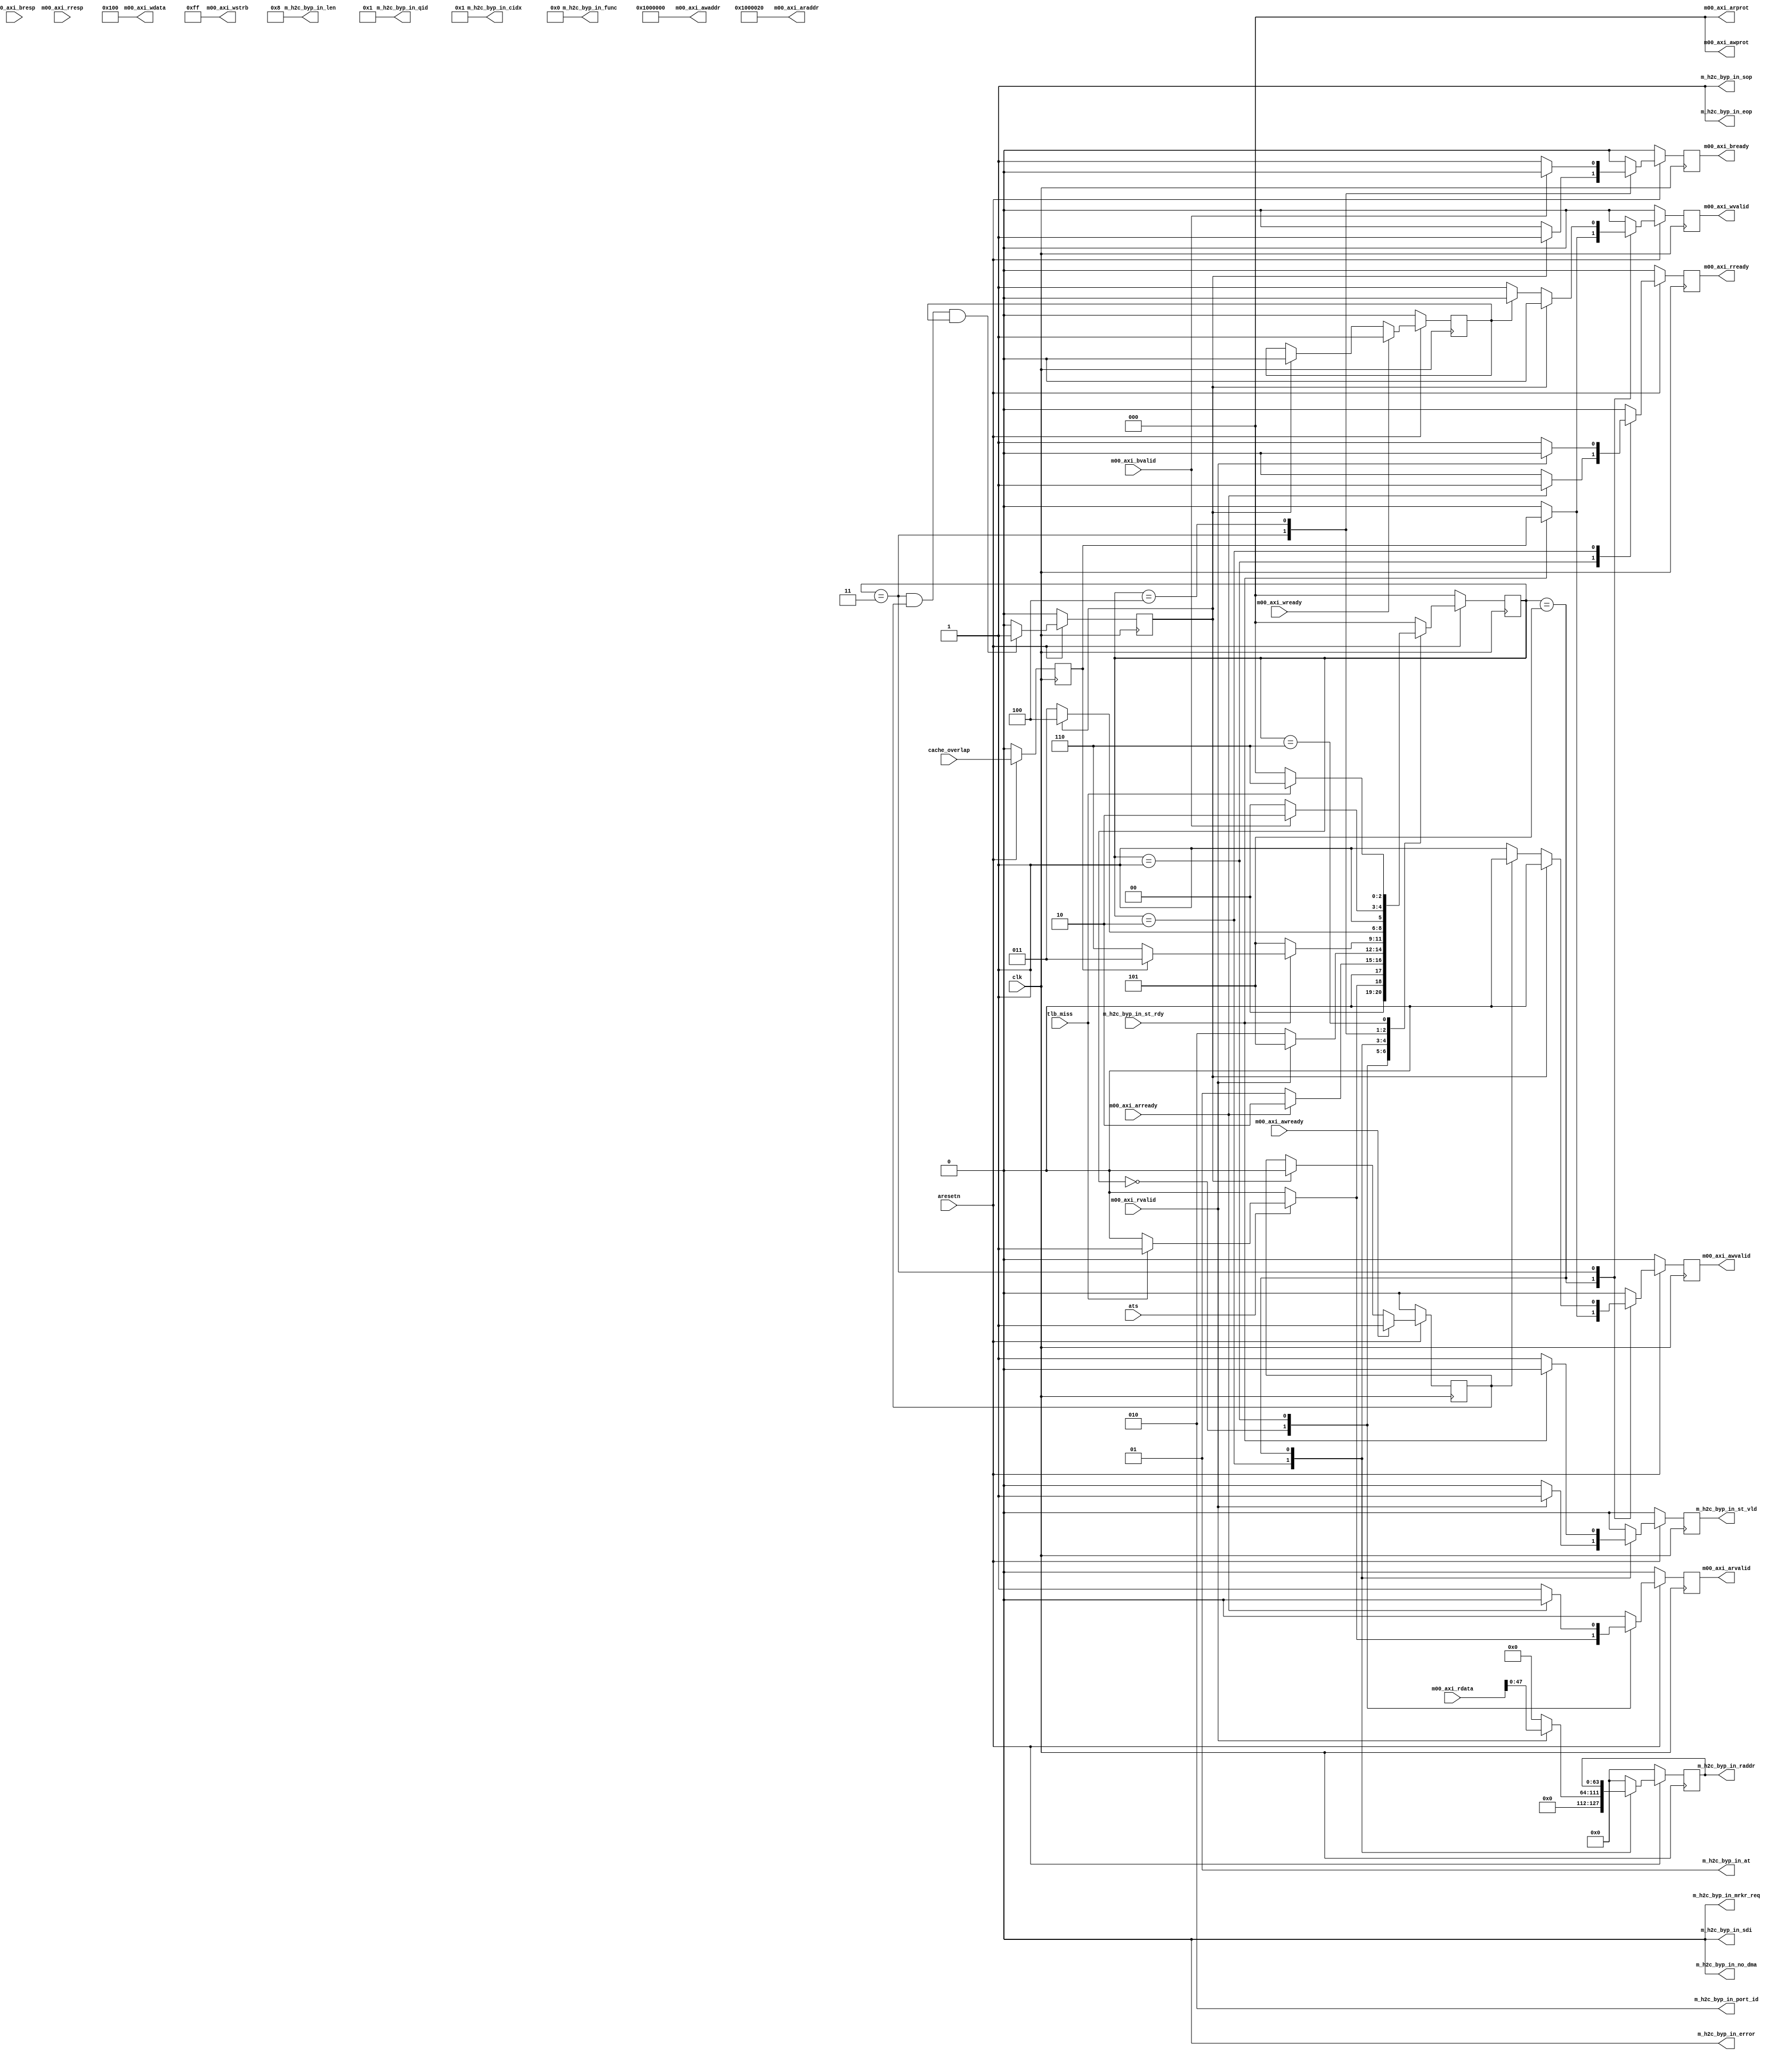

`timescale 1 ns / 1 ps

module translation_generator_v1_0 #
(
    // Do I need these? Not sure
    parameter           C_M00_AXI_START_DATA_VALUE	     = 32'hAA000000,
    parameter           C_M00_AXI_TARGET_SLAVE_BASE_ADDR = 32'h40000000,
    parameter integer   C_M00_AXI_ADDR_WIDTH	         = 64,
    parameter integer   C_M00_AXI_DATA_WIDTH	         = 64,
    parameter integer   C_M00_AXI_TRANSACTIONS_NUM	     = 4
)
(

    // Resets and Clocks
    input wire clk,
    input wire aresetn,
   
    // Information regarding the miss
    // and how we should deal with it
    input wire tlb_miss,
    input wire ats,
    input wire cache_overlap,
    
    // Descriptor streaming output
    output reg                                      m_h2c_byp_in_st_vld,
    input  wire                                     m_h2c_byp_in_st_rdy,                 
    output reg [63:0]                               m_h2c_byp_in_raddr,
    output wire [15:0]                              m_h2c_byp_in_cidx,
    output wire [1:0]                               m_h2c_byp_in_at,
    output wire                                     m_h2c_byp_in_eop,
    output wire                                     m_h2c_byp_in_error,
    output wire [7:0]                               m_h2c_byp_in_func,
    output wire [15:0]                              m_h2c_byp_in_len,
    output wire                                     m_h2c_byp_in_mrkr_req,
    output wire                                     m_h2c_byp_in_no_dma,
    output wire [2:0]                               m_h2c_byp_in_port_id,
    output wire [10:0]                              m_h2c_byp_in_qid,
    output wire                                     m_h2c_byp_in_sdi,
    output wire                                     m_h2c_byp_in_sop,

    // M AXI Lite Ports
    output  wire [C_M00_AXI_ADDR_WIDTH-1 : 0]       m00_axi_awaddr,
    output  wire [2 : 0]                            m00_axi_awprot,
    output  reg                                     m00_axi_awvalid,
    input   wire                                    m00_axi_awready,
    output  wire [C_M00_AXI_DATA_WIDTH-1 : 0]       m00_axi_wdata,
    output  wire [C_M00_AXI_DATA_WIDTH/8-1 : 0]     m00_axi_wstrb,
    output  reg                                     m00_axi_wvalid,
    input   wire                                    m00_axi_wready,
    input   wire [1 : 0]                            m00_axi_bresp,
    input   wire                                    m00_axi_bvalid,
    output  reg                                     m00_axi_bready,
    output  wire [C_M00_AXI_ADDR_WIDTH-1 : 0]       m00_axi_araddr,
    output  wire [2 : 0]                            m00_axi_arprot,
    output  reg                                     m00_axi_arvalid,
    input   wire                                    m00_axi_arready,
    input   wire [C_M00_AXI_DATA_WIDTH-1 : 0]       m00_axi_rdata,
    input   wire [1 : 0]                            m00_axi_rresp,
    input   wire                                    m00_axi_rvalid,
    output  reg                                     m00_axi_rready
);

    localparam IDLE = 0, AR_STATE = 1, R_STATE = 2, AW_STATE = 3, W_STATE = 4, DESCR_STATE = 5, WAIT_STATE = 6;
    
    // Flopping outputs from state machine
    reg                                 m00_axi_arvalid_n;
    reg                                 m00_axi_awvalid_n;
    reg                                 m00_axi_wvalid_n;
    reg                                 m00_axi_bready_n;
    reg                                 m00_axi_rready_n;
    reg                                 m_h2c_byp_in_st_vld_n;
    reg [63:0]                          m_h2c_byp_in_raddr_n;
    reg [2:0]                           state, state_n;
    

    // Assigning constants of descriptors
    assign m_h2c_byp_in_cidx            = 1;
    assign m_h2c_byp_in_at              = 1;
    assign m_h2c_byp_in_eop             = 1;
    assign m_h2c_byp_in_error           = 0;
    assign m_h2c_byp_in_func            = 0;
    assign m_h2c_byp_in_len             = 8;
    assign m_h2c_byp_in_mrkr_req        = 0;
    assign m_h2c_byp_in_no_dma          = 0;
    assign m_h2c_byp_in_port_id         = 2;
    assign m_h2c_byp_in_qid             = 1; // Note: Right now all translations need to be on QID 1
    assign m_h2c_byp_in_sdi             = 0;
    assign m_h2c_byp_in_sop             = 1;
    
    // Constants for writing, cause we are only writing replays
    assign m00_axi_awaddr               = 64'h0000_0000_0100_0000;
    assign m00_axi_awprot               = 0;
    assign m00_axi_wdata                = 64'h0000_0000_0000_0100;
    assign m00_axi_wstrb                = 8'hFF;
    
    
    // Asigning reading signals we don't use
    assign m00_axi_arprot               = 0;
    assign m00_axi_araddr               = 64'h0000_0000_0100_0020; // Just hardcoding the address that stores the vaddr of the miss
   
   // Was having trouble with timing so flopping the cache_overlap bit
   reg cache_overlap_reg;
   always@(posedge clk) begin
        if(~aresetn) begin
            cache_overlap_reg <= 0;
        end
        else begin
            cache_overlap_reg <= cache_overlap;
        end
   end
   
   
    // Generating sticky bit for the ready signals
    // so we can keep track of which ready's we have 
    // received

    reg aw_and_w_ready_sticky_high_delayed;

    reg m00_axi_awready_sticky;
    always@(posedge clk) begin
         if(~aresetn) begin
             m00_axi_awready_sticky <= 1'b0;
         end
         else if(m00_axi_awready) begin
             m00_axi_awready_sticky <= 1'b1;
         end
         else if(aw_and_w_ready_sticky_high_delayed) begin
             m00_axi_awready_sticky <= 1'b0;
         end
         else begin
             m00_axi_awready_sticky <= m00_axi_awready_sticky;
         end
     end

    reg m00_axi_wready_sticky;
    always@(posedge clk) begin
         if(~aresetn) begin
             m00_axi_wready_sticky <= 1'b0;
         end
         else if(m00_axi_wready) begin
             m00_axi_wready_sticky <= 1'b1;
         end
         else if(aw_and_w_ready_sticky_high_delayed) begin
             m00_axi_wready_sticky <= 1'b0;
         end
         else begin
             m00_axi_wready_sticky <= m00_axi_wready_sticky;
         end
     end

     // Generate a pulse one clock cycle after 
     // the sticky bits are both high
     always@(posedge clk) begin
        if(~aresetn) begin
            aw_and_w_ready_sticky_high_delayed <= 1'b0;
        end
        // Only care about genearting this pulse when we are in the AW_STATE because
        // that is when we have set the valid signals high and are waiting for the 
        // ready signals
        else if((state == AW_STATE) && m00_axi_awready_sticky && m00_axi_wready_sticky) begin
            aw_and_w_ready_sticky_high_delayed <= 1'b1;
        end
        else begin
            aw_and_w_ready_sticky_high_delayed <= 1'b0;
        end
     end
   

    
    
    // Combination state machine logic
    always@(*) begin
        case(state)
            
            IDLE: begin
                // If ATS is not tuirned on, never move
                if(~ats) begin
                    state_n             <= IDLE;
                    m00_axi_arvalid_n   <= 1'b0;
                end
                else begin
                    // Wait until we recieve a TLB miss
                    // Then when we do, read the vaddr
                    // of that miss
                    if(~tlb_miss) begin
                        state_n             <= IDLE;
                        m00_axi_arvalid_n   <= 1'b0;
                    end
                    else begin
                        state_n             <= AR_STATE;
                        m00_axi_arvalid_n   <= 1'b1;
                    end  
                end
                
                m_h2c_byp_in_st_vld_n   <= 1'b0;
                m_h2c_byp_in_raddr_n    <= 64'd0; 
                m00_axi_rready_n        <= 1'b0;
                m00_axi_awvalid_n       <= 1'b0;
                m00_axi_wvalid_n        <= 1'b0;
                m00_axi_bready_n        <= 1'b0;
                
            end
            
            AR_STATE: begin
                // Wait until we recieve ready
                if(~m00_axi_arready) begin
                    m00_axi_arvalid_n   <= 1'b1;
                    m00_axi_rready_n    <= 1'b0;
                    state_n             <= AR_STATE;
                end
                else begin
                    m00_axi_arvalid_n   <= 1'b0;
                    m00_axi_rready_n    <= 1'b1;
                    state_n             <= R_STATE;
                end
                
                m_h2c_byp_in_st_vld_n   <= 1'b0;
                m_h2c_byp_in_raddr_n    <= 64'd0;
                m00_axi_awvalid_n       <= 1'b0;
                m00_axi_wvalid_n        <= 1'b0;
                m00_axi_bready_n        <= 1'b0;
            end
            
            R_STATE: begin
                // Wait until we receive valid data
                if(~m00_axi_rvalid) begin
                    m00_axi_arvalid_n       <= 1'b0;
                    m00_axi_rready_n        <= 1'b1;
                    m_h2c_byp_in_st_vld_n   <= 1'b0;
                    m_h2c_byp_in_raddr_n    <= 64'd0;
                    
                    state_n                 <= R_STATE;
                end
                else begin
                    m00_axi_arvalid_n       <= 1'b0;
                    m00_axi_rready_n        <= 1'b0;
                    m_h2c_byp_in_st_vld_n   <= 1'b1;
                    m_h2c_byp_in_raddr_n    <= {16'd0, m00_axi_rdata[47:0]}; // Only stores 48-bits of virtual address
                    state_n                 <= DESCR_STATE;
                end
                
                m00_axi_awvalid_n       <= 1'b0;
                m00_axi_wvalid_n        <= 1'b0;
                m00_axi_bready_n        <= 1'b0;
            end
            
            DESCR_STATE: begin
                // Wait until we recieve a ready from QDMA
                if(~m_h2c_byp_in_st_rdy) begin
                    m_h2c_byp_in_st_vld_n   <= 1'b1;
                    m00_axi_awvalid_n       <= 1'b0;
                    m00_axi_wvalid_n        <= 1'b0;
                    state_n                 <= DESCR_STATE;
                end
                else begin
                    m_h2c_byp_in_st_vld_n   <= 1'b0;
                    m00_axi_awvalid_n       <= cache_overlap_reg;
                    m00_axi_wvalid_n        <= cache_overlap_reg;
                    state_n                 <= cache_overlap_reg ? AW_STATE : WAIT_STATE;
                end
                
                m00_axi_arvalid_n       <= 1'b0;
                m00_axi_rready_n        <= 1'b0;
                m_h2c_byp_in_raddr_n    <= m_h2c_byp_in_raddr;
                m00_axi_bready_n        <= 1'b0;
            end
            
            // We are only ever going to go into this state if cache_overlap_reg is high, 
            // so we can assume that it is high.
            AW_STATE: begin
                if(!aw_and_w_ready_sticky_high_delayed) begin
                    
                    // If we recieved a ready we have to set valid low
                    if(m00_axi_wready_sticky) begin
                        m00_axi_wvalid_n   <= 1'b0;
                    end
                    else begin
                        m00_axi_wvalid_n   <= 1'b1;
                    end

                    // If we recieved a ready we have
                    // to set valid low
                    if(m00_axi_awready_sticky) begin
                        m00_axi_awvalid_n   <= 1'b0;
                    end
                    else begin
                        m00_axi_awvalid_n   <= 1'b1;
                    end
                    
                    m00_axi_bready_n    <= 1'b0;
                    state_n             <= AW_STATE;
                    
                end
                else begin
                    m00_axi_awvalid_n   <= 1'b0;
                    m00_axi_wvalid_n    <= 1'b0;
                    m00_axi_bready_n    <= 1'b1;
                    state_n             <= W_STATE;
                end
                
                m00_axi_arvalid_n       <= 1'b0;    
                m00_axi_rready_n        <= 1'b0;     
                m_h2c_byp_in_st_vld_n   <= 1'b0;
                m_h2c_byp_in_raddr_n    <= 64'd0;
            end
            
            W_STATE: begin
                // Waiting until we receive a valid write response
                if(~m00_axi_bvalid) begin
                    m00_axi_bready_n     <= 1'b1;
                    state_n              <= W_STATE;
                end
                else begin
                    m00_axi_bready_n     <= 1'b0;
                    state_n              <= WAIT_STATE; 
                end
                
                m00_axi_arvalid_n       <= 1'b0;    
                m00_axi_rready_n        <= 1'b0;     
                m_h2c_byp_in_st_vld_n   <= 1'b0;
                m_h2c_byp_in_raddr_n    <= 64'd0; 
                m00_axi_awvalid_n       <= 1'b0;
                m00_axi_wvalid_n        <= 1'b0;
            end
            
            
            
            WAIT_STATE: begin
                // Need to wait for tlb_miss to go low again, maybe don't need to 
                // do this anymore now that we are clearing the miss in this module
                if(tlb_miss) begin   
                    state_n                 <= WAIT_STATE;
                end
                else begin
                    state_n                 <= IDLE;
                end
                
                m00_axi_arvalid_n       <= 1'b0;
                m00_axi_rready_n        <= 1'b0;
                m_h2c_byp_in_st_vld_n   <= 1'b0;
                m_h2c_byp_in_raddr_n    <= 64'd0;
                m00_axi_awvalid_n       <= 1'b0;
                m00_axi_wvalid_n        <= 1'b0;
                m00_axi_bready_n        <= 1'b0;
            end
            
            default: begin
                m00_axi_arvalid_n       <= 1'b0;
                m00_axi_rready_n        <= 1'b0;
                m_h2c_byp_in_st_vld_n   <= 1'b0;
                m_h2c_byp_in_raddr_n    <= 64'd0;
                m00_axi_awvalid_n       <= 1'b0;
                m00_axi_wvalid_n        <= 1'b0;
                m00_axi_bready_n        <= 1'b0;
                state_n                 <= IDLE;
            end
        
        endcase
    
    
    end
    
    
    // Flops
    always@(posedge clk) begin
        if(~aresetn) begin
            m00_axi_arvalid     <= 1'b0;
            m00_axi_rready      <= 1'b0;
            m_h2c_byp_in_st_vld <= 1'b0;
            m_h2c_byp_in_raddr  <= 64'd0;
            m00_axi_awvalid     <= 1'b0;
            m00_axi_wvalid      <= 1'b0;
            m00_axi_bready      <= 1'b0;
            state               <= IDLE;
        end
        else begin
            m00_axi_arvalid     <= m00_axi_arvalid_n;
            m00_axi_rready      <= m00_axi_rready_n;
            m_h2c_byp_in_st_vld <= m_h2c_byp_in_st_vld_n;
            m_h2c_byp_in_raddr  <= m_h2c_byp_in_raddr_n;
            m00_axi_awvalid     <= m00_axi_awvalid_n;
            m00_axi_wvalid      <= m00_axi_wvalid_n;
            m00_axi_bready      <= m00_axi_bready_n;
            state               <= state_n;
        end
    end
    



endmodule